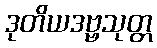
ဒုတိယဒဗ္ဗသုတ္တ